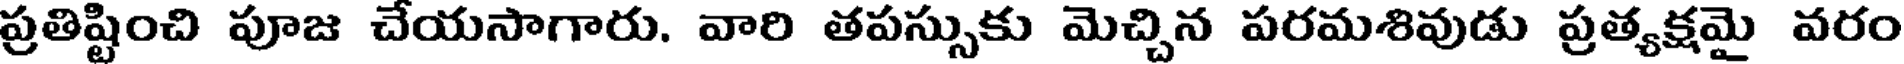
ప్రతిష్టించి పూజ చేయసాగారు. వారి తపస్సుకు మెచ్చిన పరమశివుడు ప్రత్యక్షమై వరం